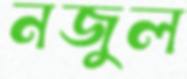
নজুল